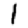
Digit: 1